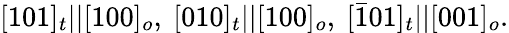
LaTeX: [101]_{t}||[100]_{o},\ [010]_{t}||[100]_{o},\ [\bar{1}01]_{t}||[001]_{o}.